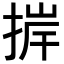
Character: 𢮹